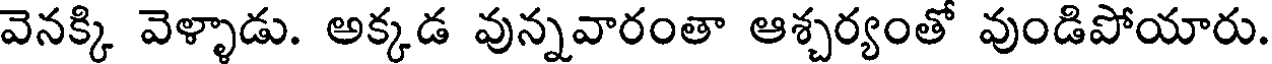
వెనక్కి వెళ్ళాడు. అక్కడ వున్నవారంతా ఆశ్చర్యంతో వుండిపోయారు.